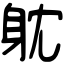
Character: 躭